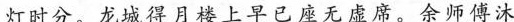
灯时分。龙城得月楼上早已座无虚席。余师傅沐